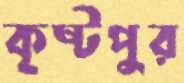
কৃষ্টপুর